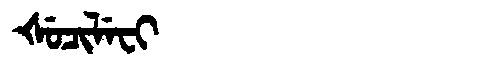
Manchu: ᡧᡠᠴᡳᠯᡝᠸᡳ
Romanization: ŠUCILEFI